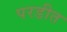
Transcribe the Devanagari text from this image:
परडीत